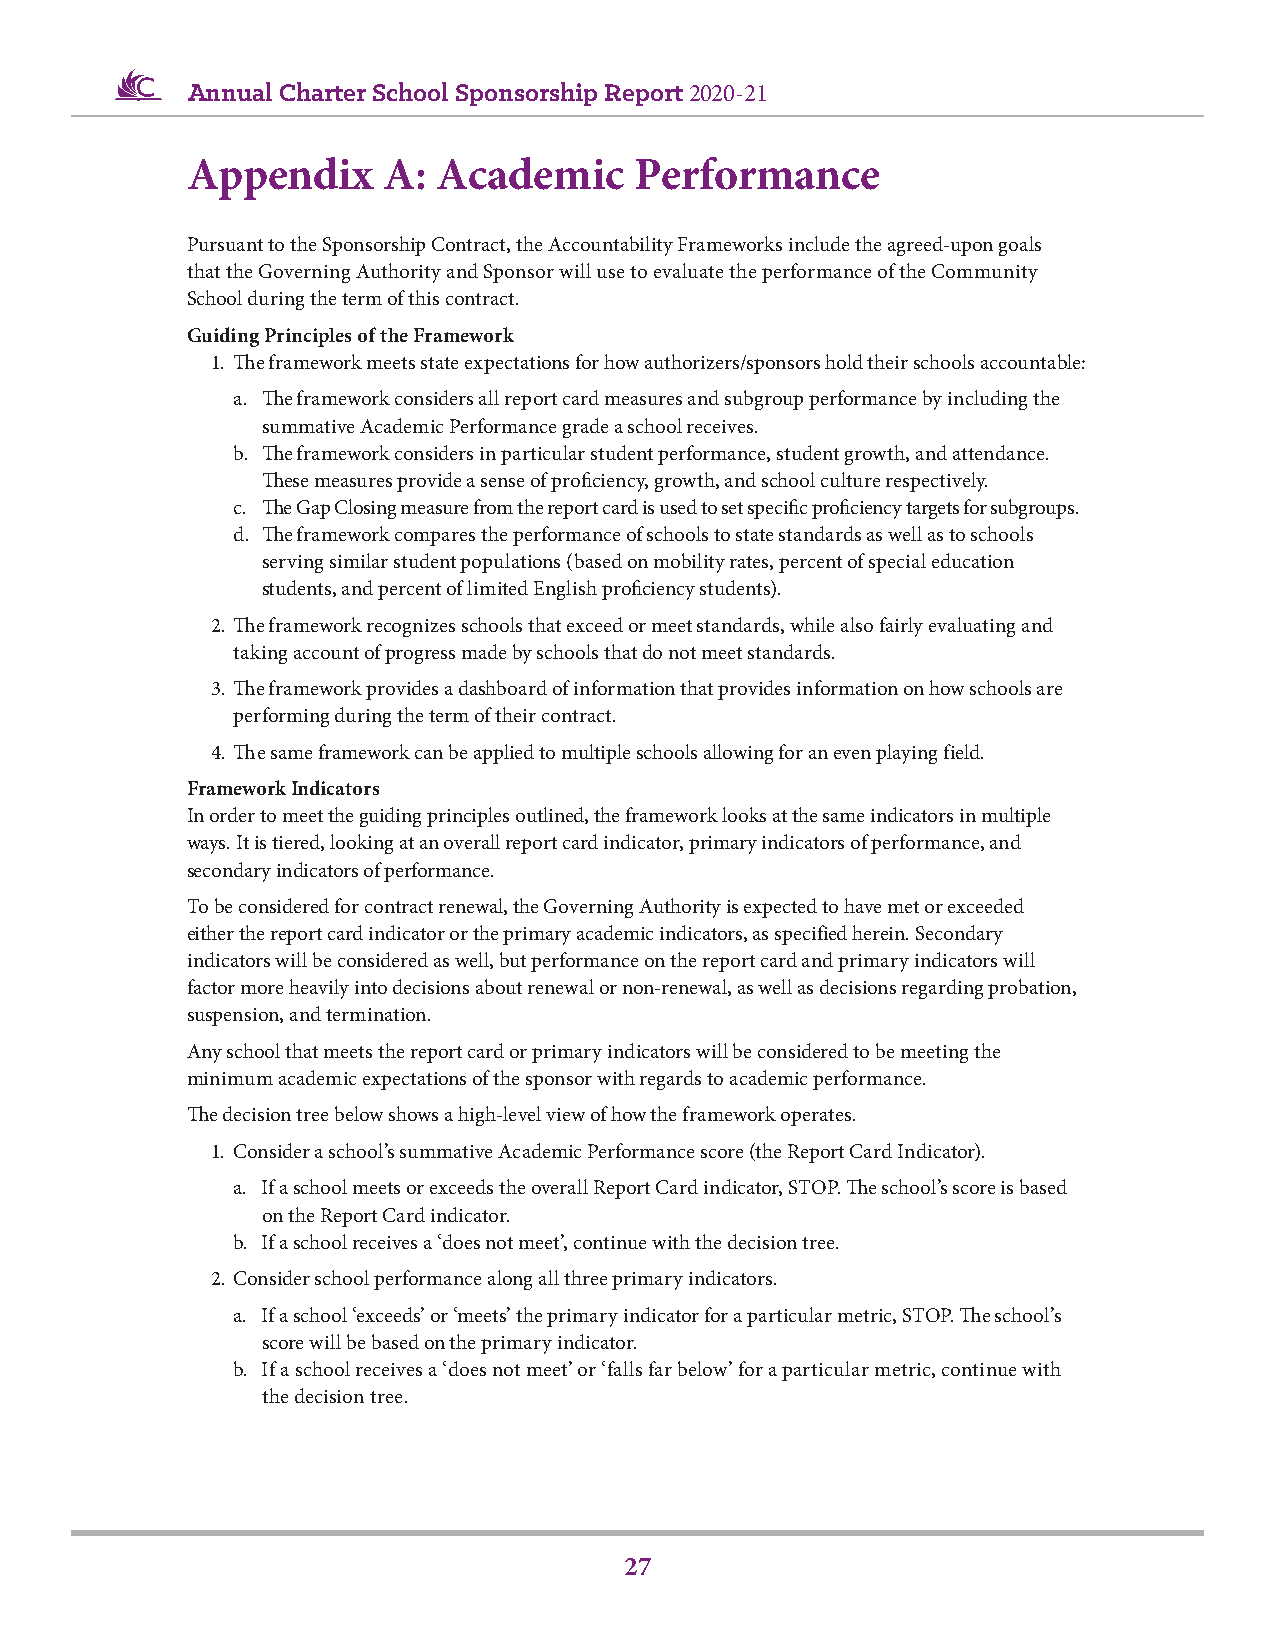
Annual Charter School Sponsorship Report 2020-21
 Appendix     A:  Academic     Performance
 Pursuant to the Sponsorship Contract, the Accountability Frameworks include the agreed-upon goals
 that the Governing Authority and Sponsor will use to evaluate the performance of the Community
 School during the term of this contract.
 Guiding Principles of the Framework
 1. The framework meets state expectations for how authorizers/sponsors hold their schools accountable:
 a. The framework considers all report card measures and subgroup performance by including the
 summative Academic Performance grade a school receives.
 b. The framework considers in particular student performance, student growth, and attendance.
 These measures provide a sense of proficiency, growth, and school culture respectively.
 c. The Gap Closing measure from the report card is used to set specific proficiency targets for subgroups.
 d. The framework compares the performance of schools to state standards as well as to schools
 serving similar student populations (based on mobility rates, percent of special education
 students, and percent of limited English proficiency students).
 2. The framework recognizes schools that exceed or meet standards, while also fairly evaluating and
 taking account of progress made by schools that do not meet standards.
 3. The framework provides a dashboard of information that provides information on how schools are
 performing during the term of their contract.
 4. The same framework can be applied to multiple schools allowing for an even playing field.
 Framework Indicators
 In order to meet the guiding principles outlined, the framework looks at the same indicators in multiple
 ways. It is tiered, looking at an overall report card indicator, primary indicators of performance, and
 secondary indicators of performance.
 To be considered for contract renewal, the Governing Authority is expected to have met or exceeded
 either the report card indicator or the primary academic indicators, as specified herein. Secondary
 indicators will be considered as well, but performance on the report card and primary indicators will
 factor more heavily into decisions about renewal or non-renewal, as well as decisions regarding probation,
 suspension, and termination.
 Any school that meets the report card or primary indicators will be considered to be meeting the
 minimum academic expectations of the sponsor with regards to academic performance.
 The decision tree below shows a high-level view of how the framework operates.
 1. Consider a school’s summative Academic Performance score (the Report Card Indicator).
 a. If a school meets or exceeds the overall Report Card indicator, STOP. The school’s score is based
 on the Report Card indicator.
 b. If a school receives a ‘does not meet’, continue with the decision tree.
 2. Consider school performance along all three primary indicators.
 a. If a school ‘exceeds’ or ‘meets’ the primary indicator for a particular metric, STOP. The school’s
 score will be based on the primary indicator.
 b. If a school receives a ‘does not meet’ or ‘falls far below’ for a particular metric, continue with
 the decision tree.
 27